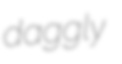
daggly